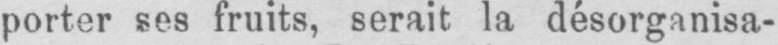
porter ses fruits, serait la désorganisa-